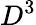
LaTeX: D^{3}